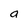
Character: a